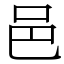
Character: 邑